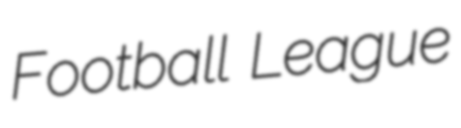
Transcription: Football League